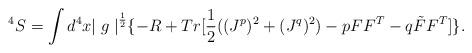
LaTeX: \begin{align*}^4S = \int d^4x {\mid g \mid}^{\frac {1}{2}} \{ - R +Tr [ \frac {1}{2}((J^p)^2 + (J^q)^2) - pFF^T - q\tilde FF^T]\}.\end{align*}